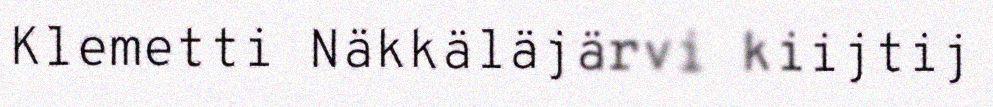
Klemetti Näkkäläjärvi kiijtij